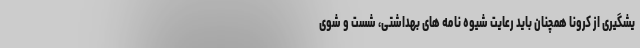
یشگیری از کرونا همچنان باید رعایت شیوه نامه های بهداشتی، شست و شوی